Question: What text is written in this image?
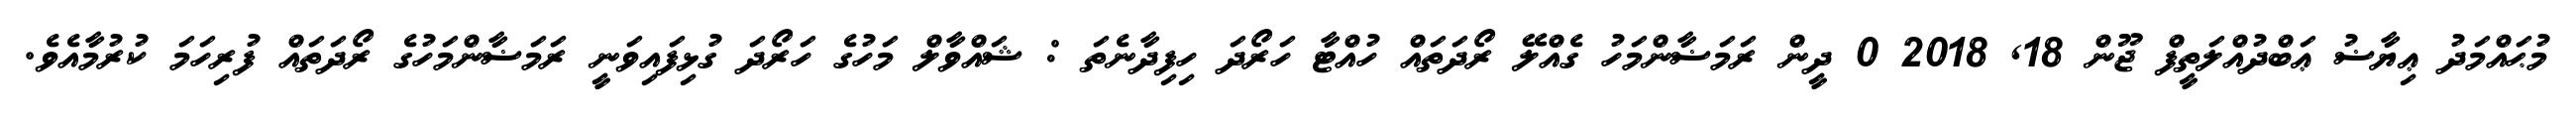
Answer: މުޙައްމަދު ޢިޔާޟު ޢަބްދުއްލަތީފް ޖޫން 18, 2018 0 ދީން ރަމަޟާންމަހު ގެއްލޭ ރޯދަތައް ހުއްޓާ ހަރޯދަ ހިފިދާނެތަ : ޝައްވާލް މަހުގެ ހަރޯދަ ގުޅިފައިވަނީ ރަމަޟާންމަހުގެ ރޯދަތައް ފުރިހަމަ ކުރުމާއެވެ.